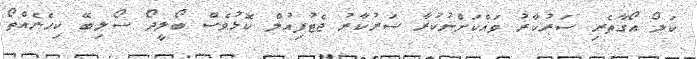
ކަލޯ އޯގާތެރި ސަރުކާރު ވައްކަށްނުކުރާ ސަރުކާރު ޖެޓުފިއުލް ކޮޅުވެސް ބޯލީދޯ ސޯލިބޭ ކިހެނެއްތޯ